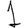
Digit: 1